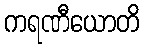
ကရဏီယောတိ